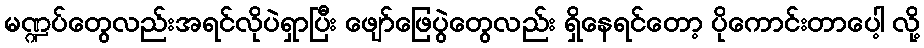
မဏ္ဍပ်တွေလည်းအရင်လိုပဲရှာပြီး ဖျော်ဖြေပွဲတွေလည်း ရှိနေရင်တော့ ပိုကောင်းတာပေါ့ လို့